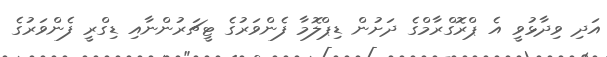
އަދި ވިދާޅުވީ އެ ޕްރޮގްރާމްގެ ދަށުން ޑިޕްލޮމާ ފެންވަރުގެ ޓީޗަރުންނާއި ޑިގްރީ ފެންވަރުގެ